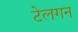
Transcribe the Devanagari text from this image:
टेलगन